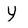
Character: Y